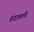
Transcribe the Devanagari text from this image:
रुदावली